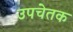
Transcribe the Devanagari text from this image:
उपचेतक